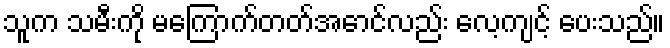
သူက သမီးကို မကြောက်တတ်အောင်လည်း လေ့ကျင့် ပေးသည်။